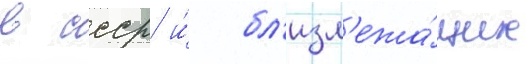
в ссср и́ бл'изл'ежа́щих